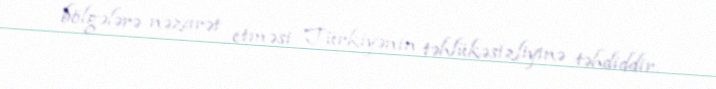
bölgələrə nəzarət etməsi Türkiyənin təhlükəsizliyinə təhdiddir.